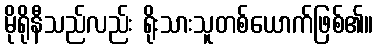
မိုရိုနီသည်လည်း ရိုးသားသူတစ်ယောက်ဖြစ်၏။